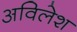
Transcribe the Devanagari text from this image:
अविलेश